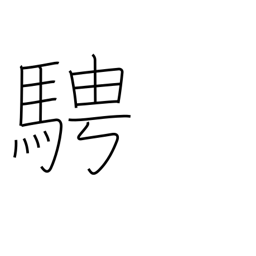
Meaning: as one pleases